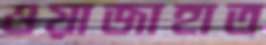
ওয়াজাহাত